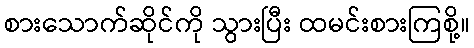
စားသောက်ဆိုင်ကို သွားပြီး ထမင်းစားကြစို့။